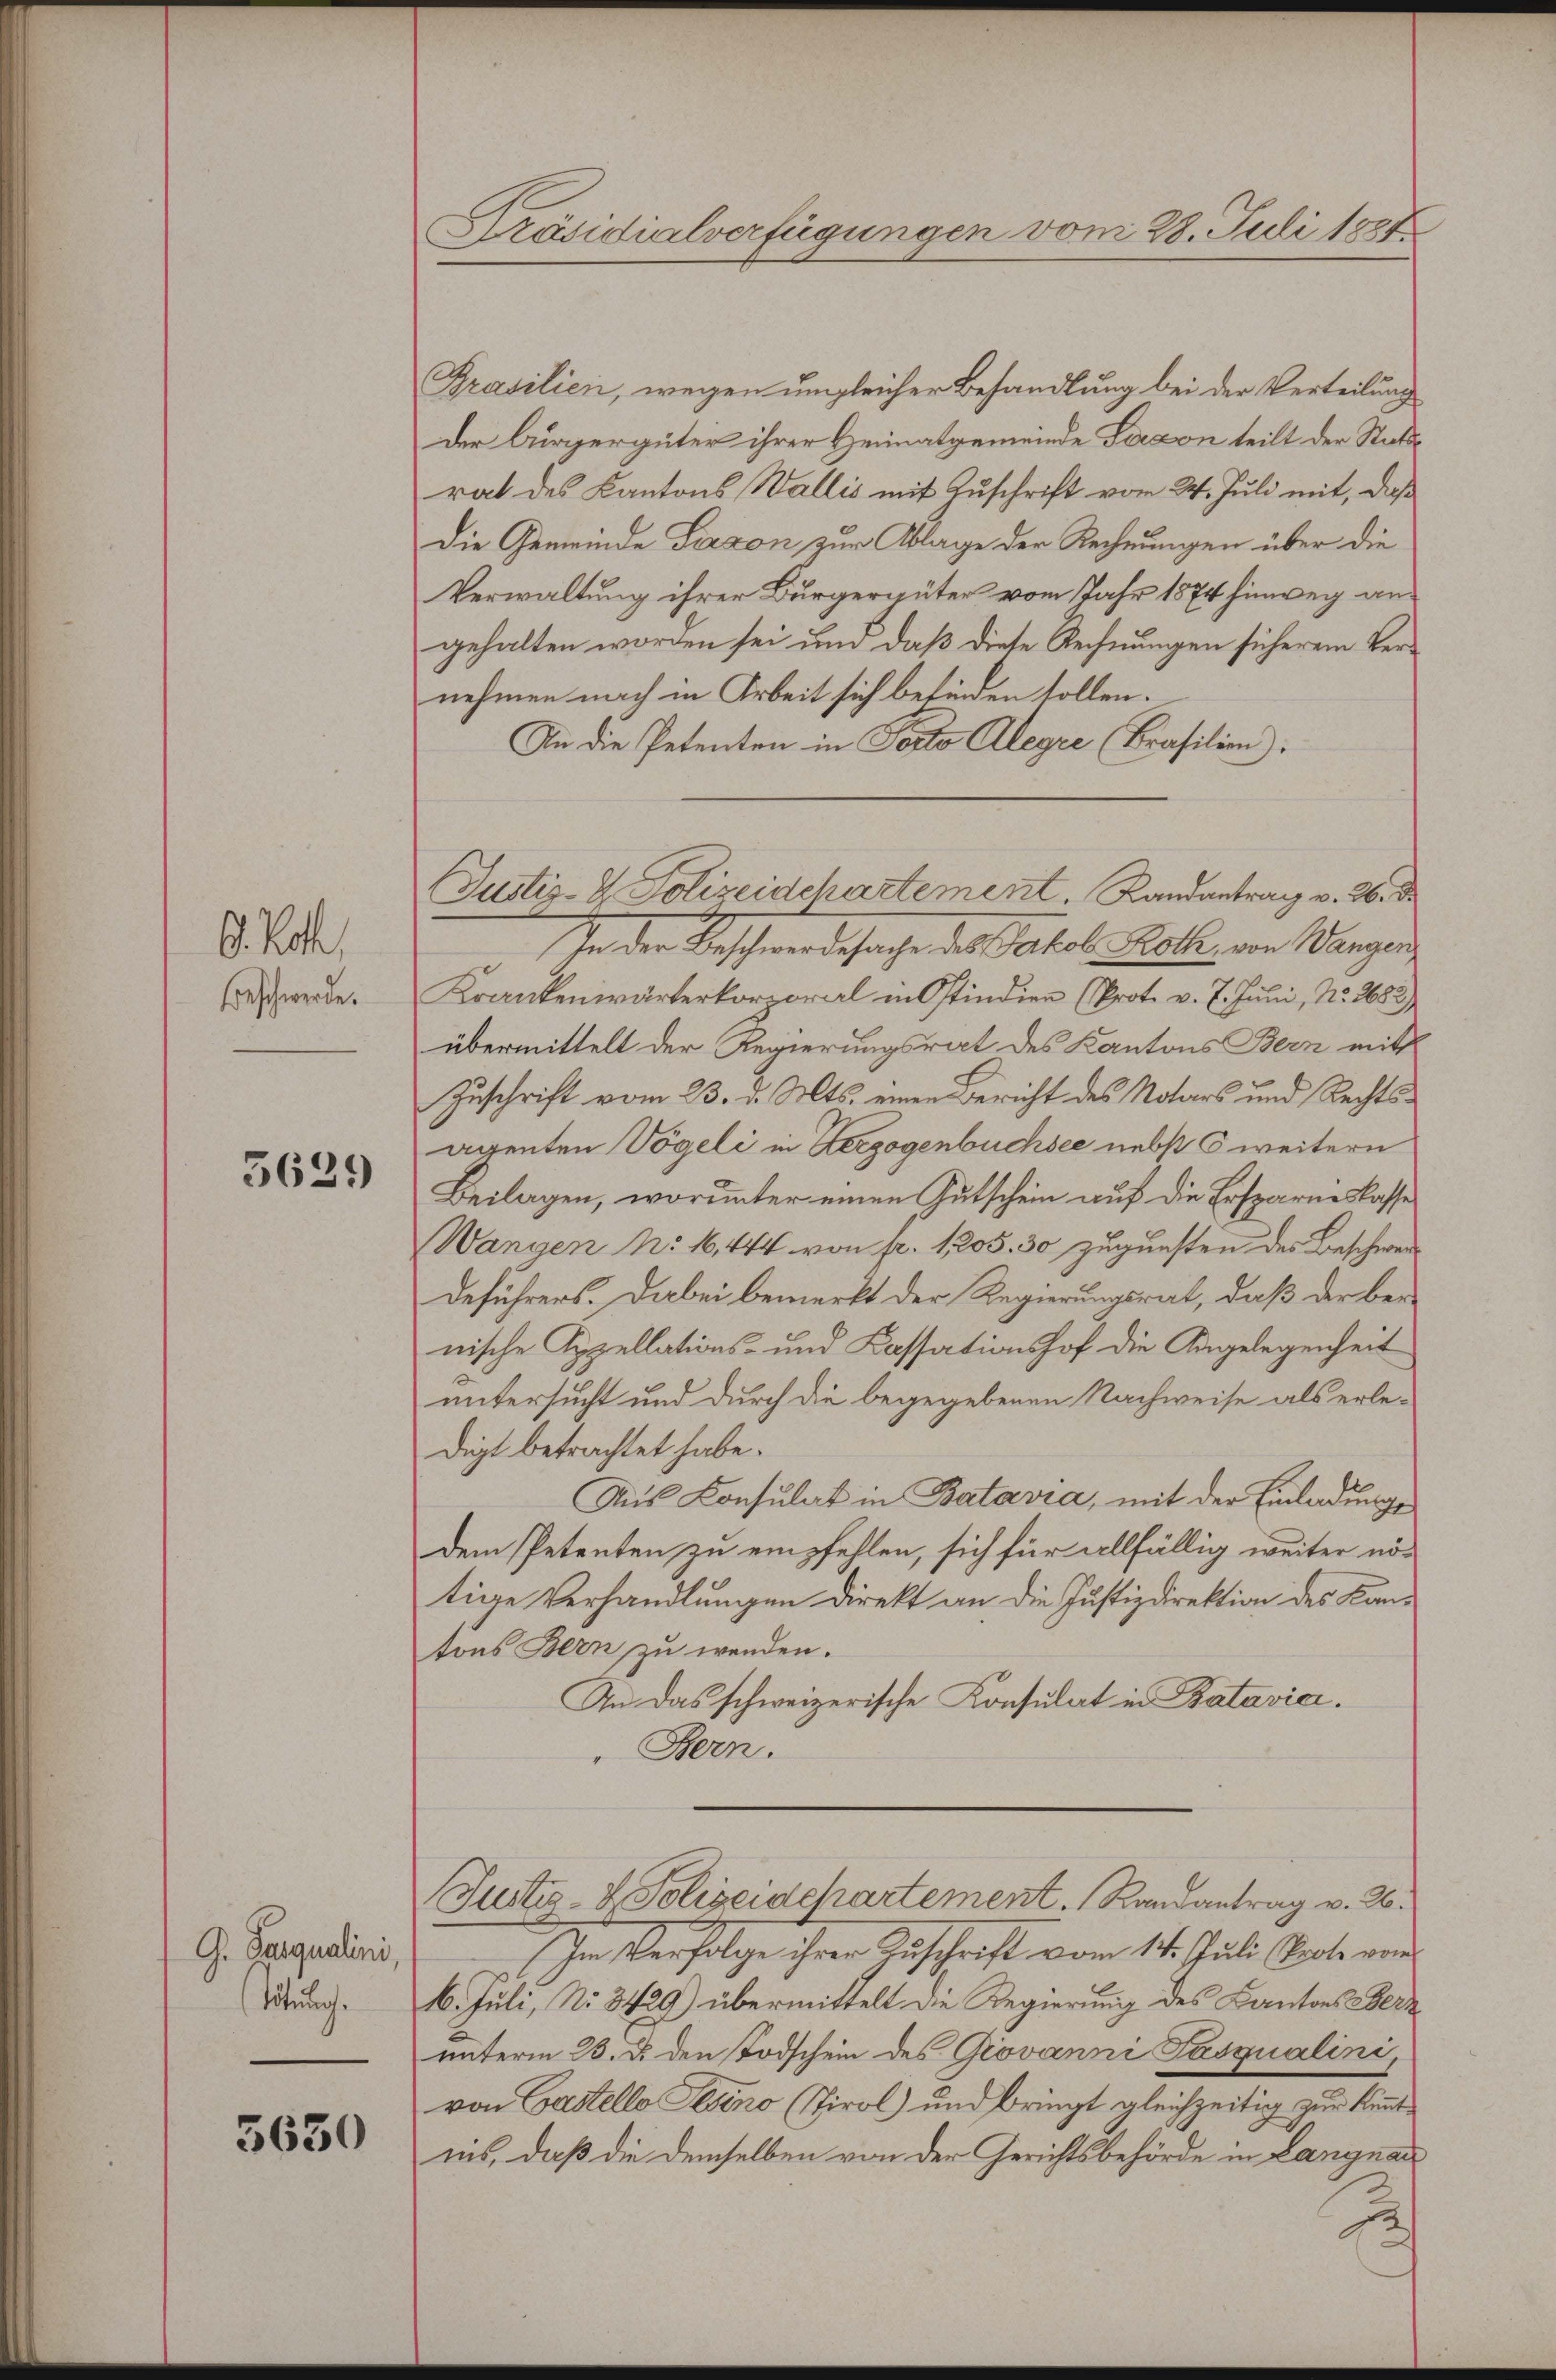
G. Roth
Beschwerde.

5629

G. Parqualini,
Tötung.

3630

Präsidialverfügungen vom 28. Juli 1887

Prasilien, wegen umgleicher Behandlung bei der Verteilung
Der Bürgergüter ihrer Heimatgemeinde Person teilt der Stattrat des Kantons Wallis mit Zuschrift vor 2. Juli mit, daß
Die Gemeinde Piazzon zur Ablage der Rechnungen über die
Verwaltung ihrer Bürgergüter vom Jahr 1874 hinweg angehalten worden sei um daß diese Rechnungen sicherem Vernehmen nach in Arbeit sich befinden sollen.
In die Petenten in Porto Alegre (Brasilien).
In der Beschwerdesache des Jakob Rotz, von Wangen
Krankenwärterkorporal in Ostindien (Prot. v. 7. Juni, Nr. 2683,
übermittelt der Regierungsrat des Kantons Bern mitt
Zuschrift vom 23. d. Mts. einen Bericht des Notars und Rechtsagenten Vögeli in Herzogenbüchsee nebst 5 weitern
Beilagen, worunter einen Gutschein auf die Ersparneslasse
Wangen No. 16, 444 von pr. 1205. 30 zugunsten des Beschwerdeführers. Dabei bemerkt der Regierungsrat, daß der benische Appellations- und Kassationshof die Angelegenheit
untersucht und durch die begegebenen Nachweise als erledigt betrachtet habe.
Aus Konsulat in Batavia, mit der Einladungs
dem Petenten zu empfehlen, sich für allfällig weiter nötige Verhandlungen direkt an die Justizdirektion des Kantons Bern zu wenden.
An das schweizerische Konsulat in Batavici.
Bern.
Justiz- & Polizeidchartement. Randantrag v. 2.
In Verfolge ihrer Zuschrift vom 14. Juli Spote von
16. Juli, No 3429) übermittelt die Regierung des Kantons Verz
unterm 23. ds. den Todschein des Giovanni Fasqualini,
von Castello Pesino (Tirol) und bringt gleichzeitig zur kommt
nis, daß die demselben von der Gerichtsbehörde in Langnau

Justiz- & Polizeidchartement. Randantrag v. 26. d.